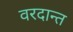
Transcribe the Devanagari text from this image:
वरदान्त